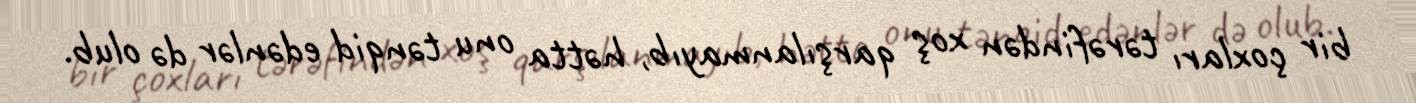
bir çoxları tərəfindən xoş qarşılanmayıb, hətta onu tənqid edənlər də olub.